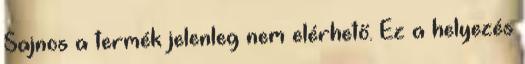
Sajnos a termék jelenleg nem elérhető. Ez a helyezés